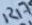
Text: R17